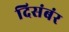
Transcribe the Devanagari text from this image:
दिसंबंर